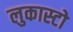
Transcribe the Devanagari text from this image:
लुकास्टो